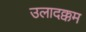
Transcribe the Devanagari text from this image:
उलादक्कम